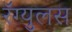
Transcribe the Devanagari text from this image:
रॅग्युलस